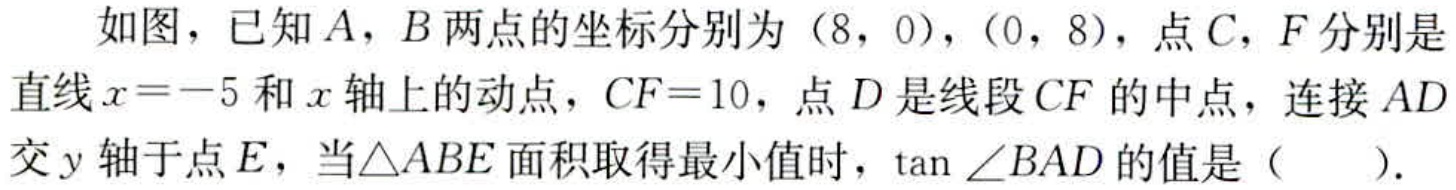
如图，已知\(A\)，\(B\)两点的坐标分别为\((8,0)\)，\((0,8)\)，点\(C\)，\(F\)分别是直线\(x = - 5\)和\(x\)轴上的动点，\(CF = 10\)，点\(D\)是线段\(CF\)的中点，连接\(AD\)交\(y\)轴于点\(E\)，当\(\triangle ABE\)面积取得最小值时，\(\tan\angle BAD\)的值是（  ）.